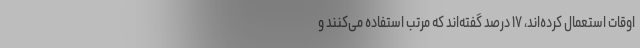
اوقات استعمال کرده‌اند، ۱۷ درصد گفته‌اند که مرتب استفاده می‌کنند و